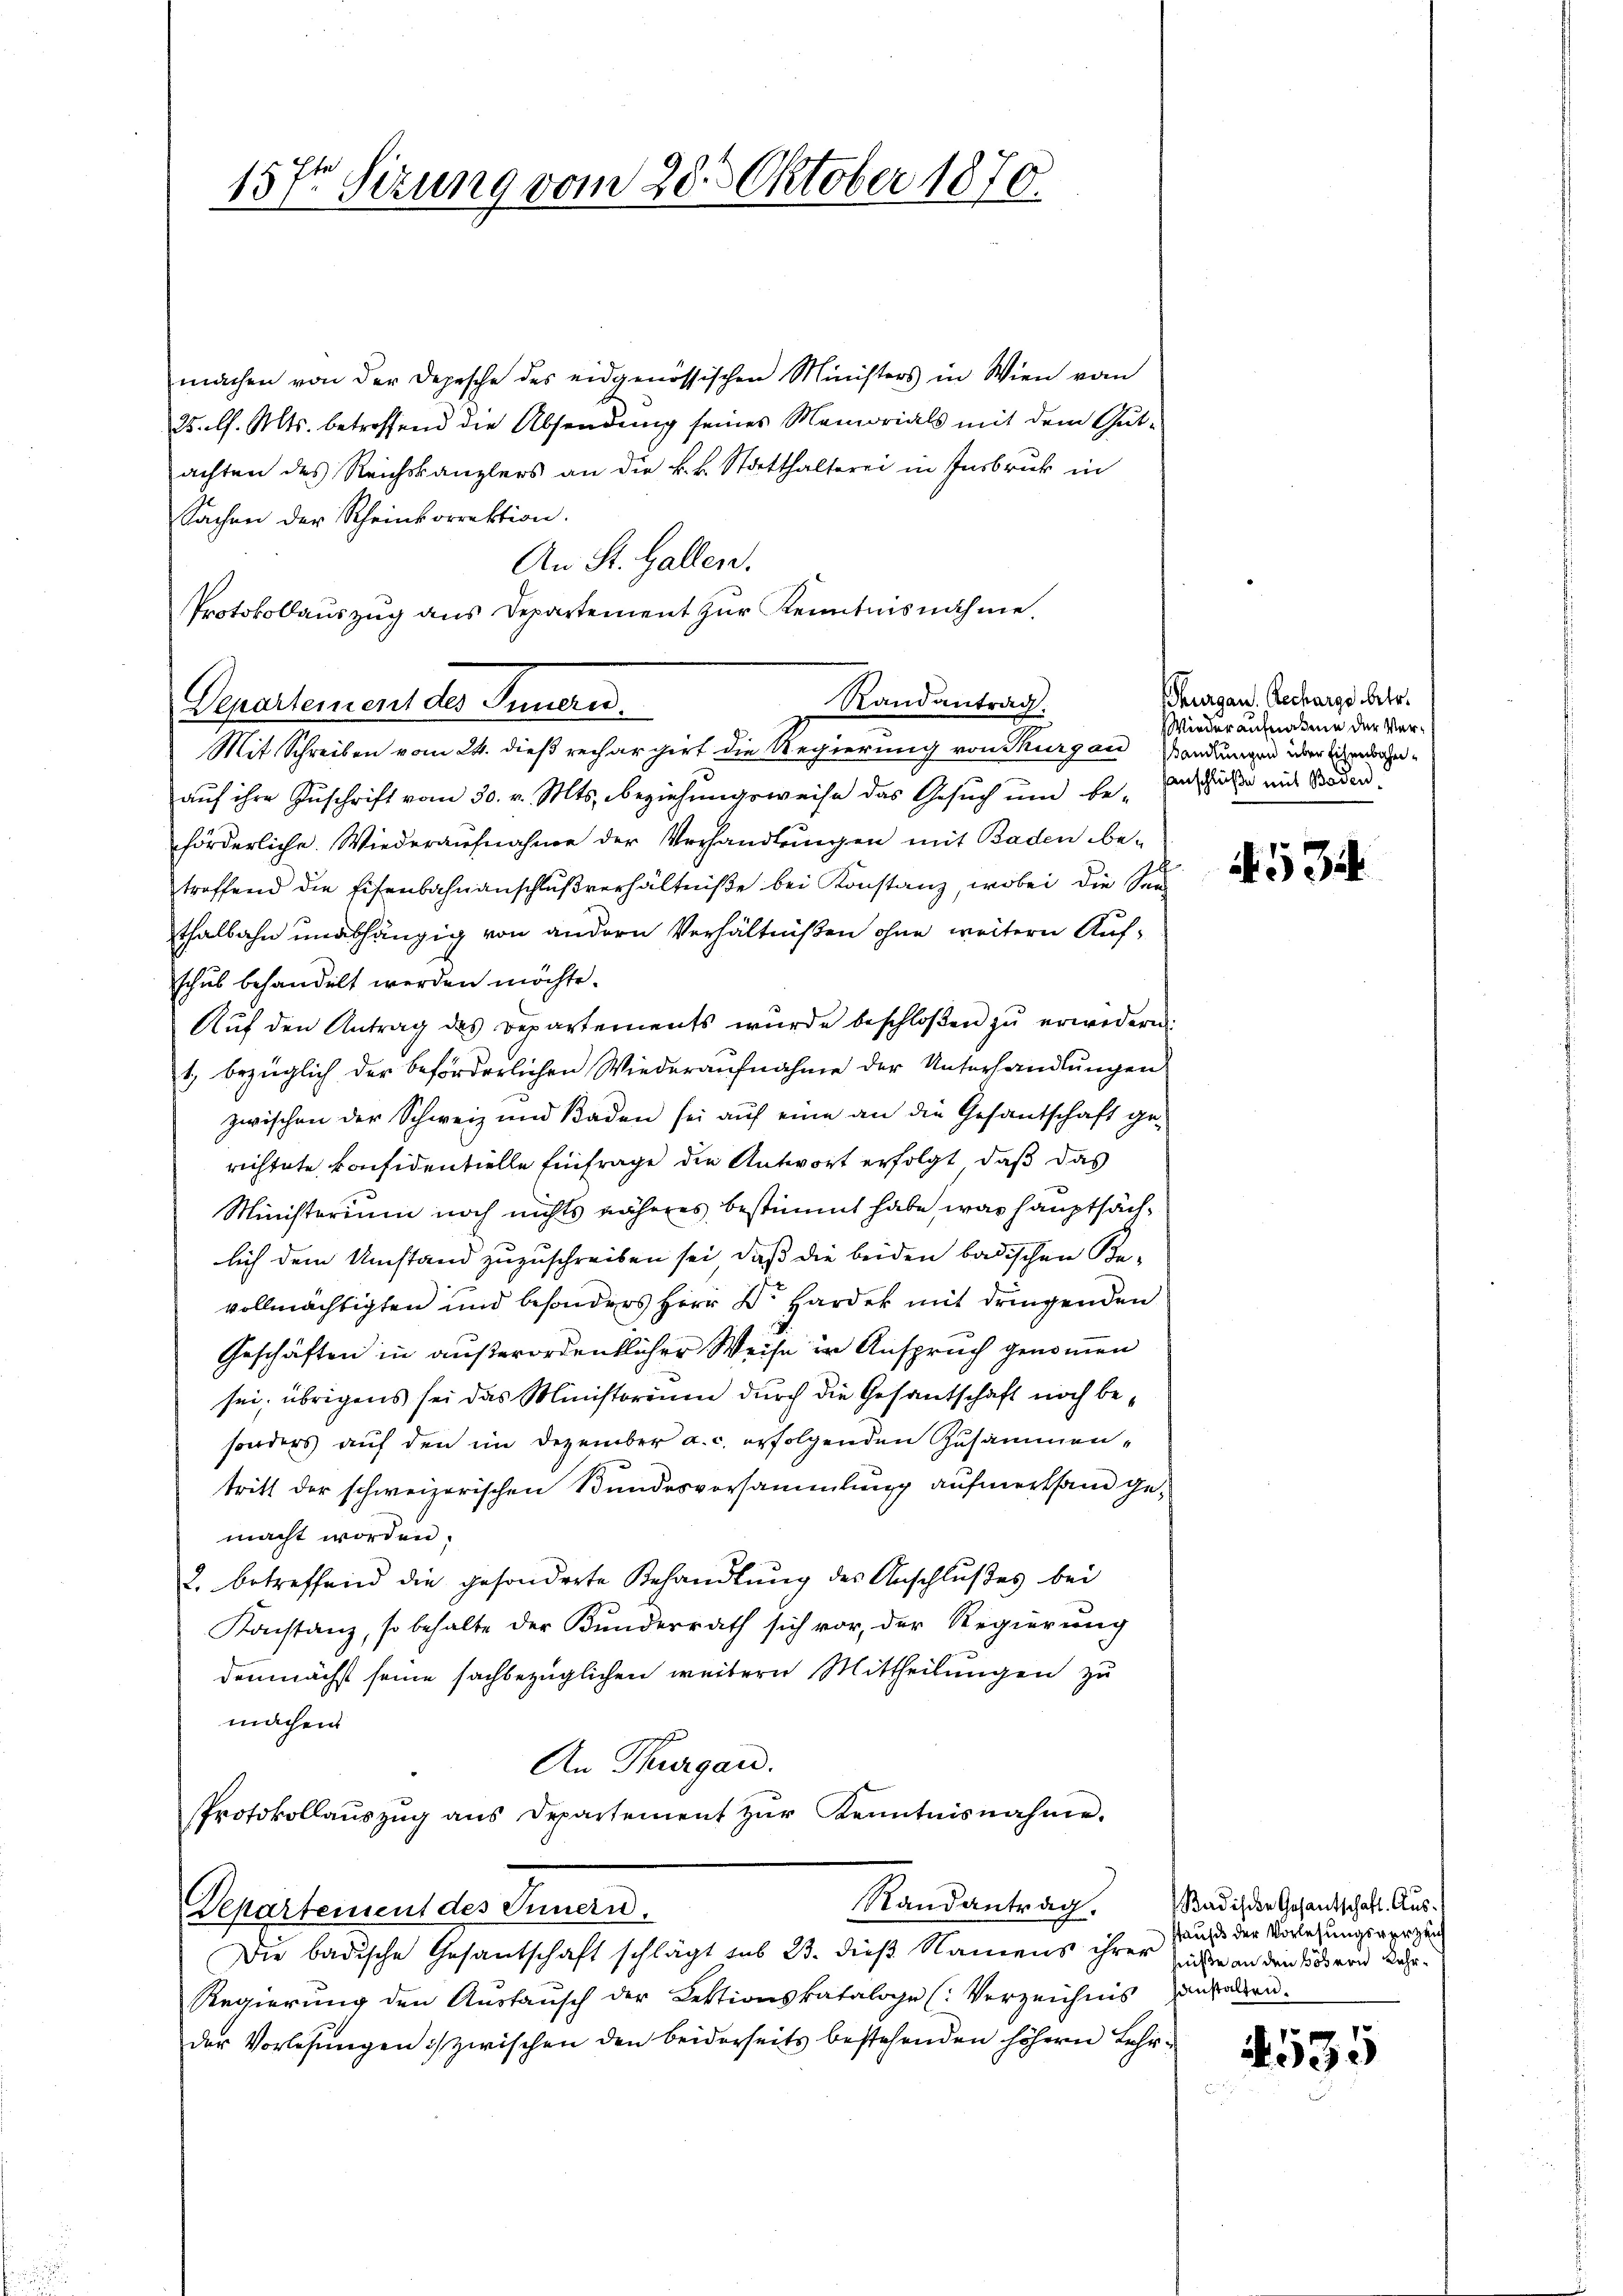
machen von der Depesche des eidgenössischen Ministers in Wien vom
25. l. Mts. betreffend die Absendung seines Memorials mit dem Gut-
achten des Reichskanzlers an die k.k. Statthalterei in Insbruck in
Sachen der Scheinkorrektion.
An St. Gallen.
Protokollauszug aus Departement zur Kenntnisnahme.

Randantrag:
Departement des Innern.
Mit Schreiben vom 24. dieß rechargirt die Regierung von Thurgau, Wendungen über siehen¬

15ten Sitzung vom 28. Oktober 1870.

auf ihre Zuschrift vom 30. v. Mts., beziehungsweise das Gesuch und be-
förderliche Wiederaufnahme der Verhandlungen mit Baden be-
troffend die Eisenbahnanschlŭβverhältniße bei Konstanz, wobei die Seethalbahn unabhängig von andern Verhältnißen ohne weitern Aufschub behandelt werden möchte.
Aŭf den Antrag des Departements würde beschloßen zŭ erwiderni
1., bezüglich der beförderlichen Wiederaufnahme der Unterhandlungen
zwischen der Schweiz und Baden sei aŭf eine an die Gesantschaft ge-
richtete konfidentielle Einfrage die Antwort erfolgt, daß das
Ministerium noch nichts näheres bestimmt habe, was hauptsächlich dem Umstand zuzuschreiben sei, daß die beiden badischen Be-
vollmächtigten und besonders Herr Dr. Hardek mit dringenden
Geschäften in außerordentlicher Weise in Anspruch genommen
sei, übrigens sei das Ministorium durch die Gesantschaft noch besonders auf den im Dezember a. c. erfolgenden Zusammentritt der schweizerischen Bundesversammlung aufmerksam gemacht worden.
2. betreffend die gesonderte Behandlung des Anschlußes bei
Konstanz, so behalte der Kunderrath sich vor, der Regierung
demnächst seine sachbezüglichen weitern Mittheilungen zu
machen
An Thurgau.
Protokollaŭszŭg ans Departement zŭr Kenntnisnahme.
Randantrag.
Departement des Innern.
Die badische Gesantschaft schlägt sub 23. dieß Namens ihrer sichen an den Grund Kehr¬
Regierung den Austausch der Lektionskataloge (Verzeichnis anfallen.
der Vorlesungen zwischen den beiderseits bestehenden höhern Lehr¬

Thurgau. Recharge betr.
Wiederaufnahme der Versanschlüße mit Baden.

534

Badische Gesantschaft. Aus¬
Hauß der Vorlesungsverzeich

535